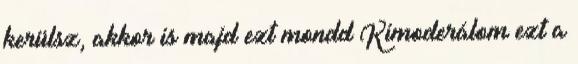
kerülsz, akkor is majd ezt mondd Kimoderálom ezt a